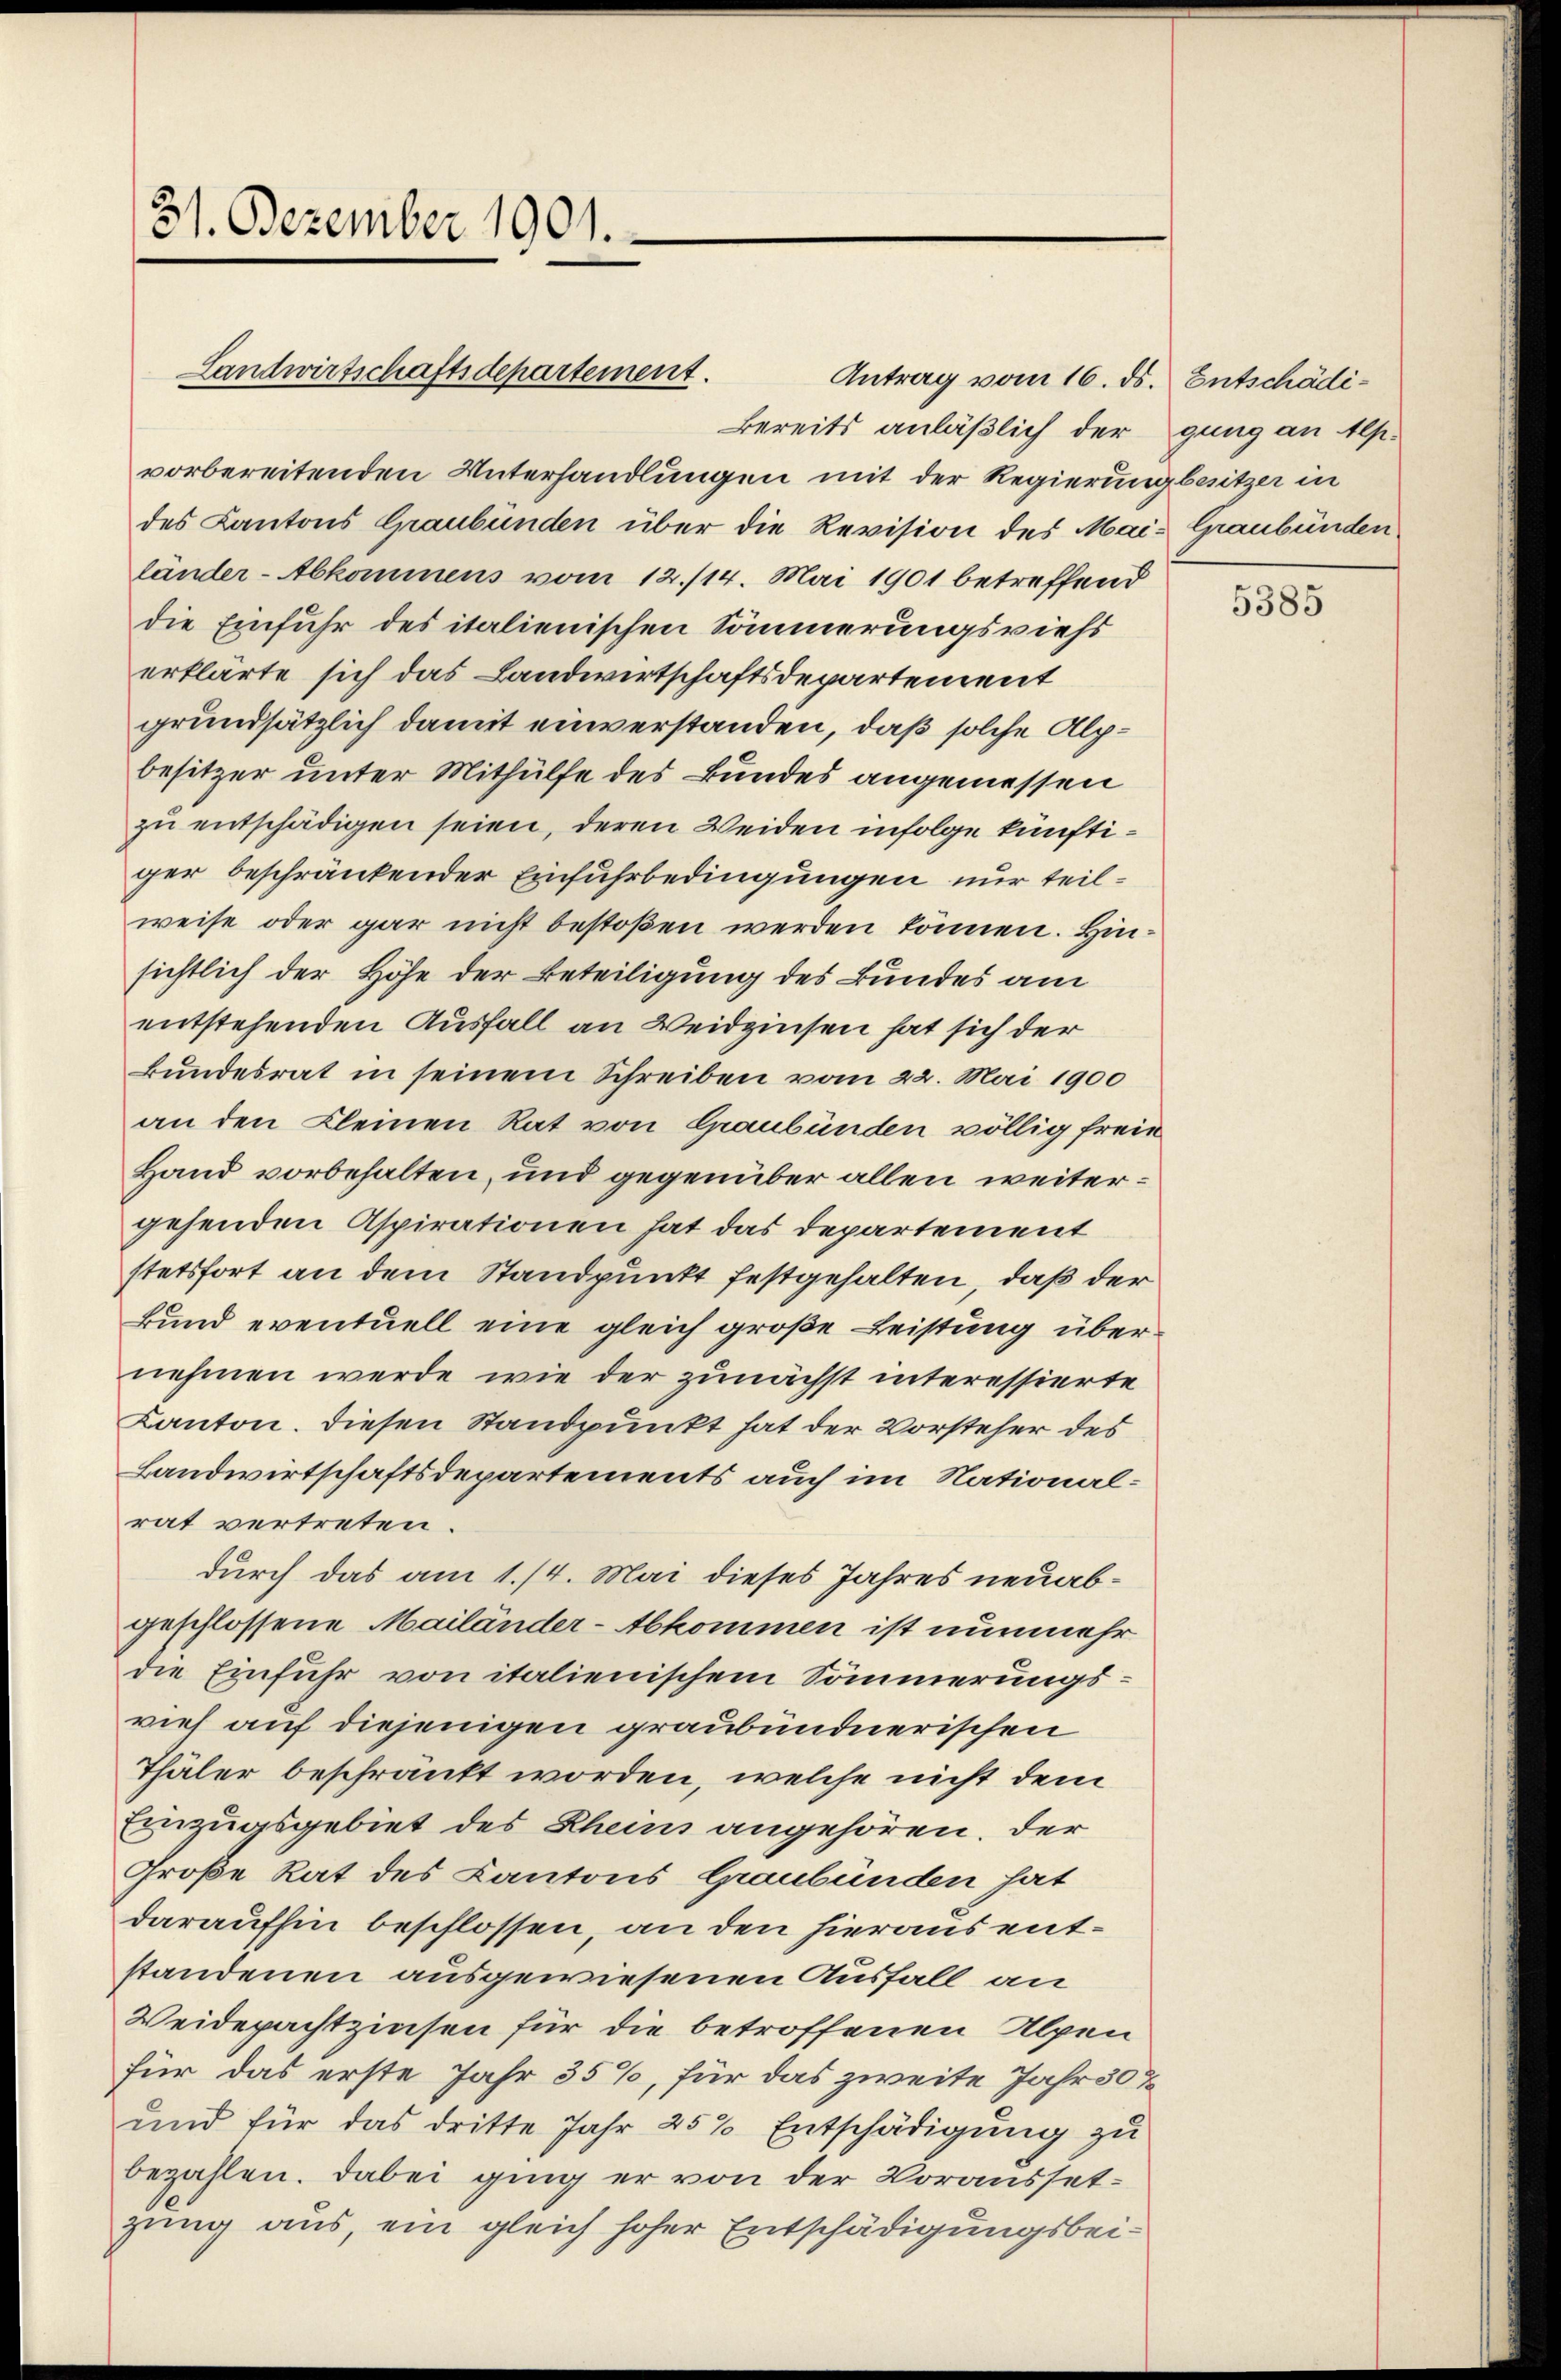
31. Dezember 1901.

Landwirtschaftsdepartement.

Antrag vom 16. ds. Entschädi¬
Bereits anläßlich der gung an Alp.
vorbereitenden Unterhandlungen mit der Regierung besitzer in
des Kantons Graubünden über die Revision des Mai- Graubünden
länder-Abkommens vom 12./14. Mai 1901 betreffend
die Einfuhr des italienischen Sommerungsviehs
erklärte sich das Landwirtschaftsdepartement
grundsätzlich damit einverstanden, daß solche Alpbesitzer unter Mithülfe des Bundes angemessen
zu entschädigen seien, deren Weiden infolge künftiger beschränkender Einfuhrbedingungen nur teilweise oder gar nicht bestoßen werden können. Hinsichtlich der Höhe der Beteiligung des Bundes am
entstehenden Ausfall an Weidzinsen hat sich der
Bundesrat in seinem Schreiben vom 22. Mai 1900
an den Kleinen Rat von Graubünden völlig freie
Hand vorbehalten, und gegenüber allen weitergehenden Aspirationen hat das Departement
stetsfort an dem Standpunkt festgehalten, daß der
Bund eventuell eine gleich große Leistung übernehmen werde, wie der zunächst interessierte
Kanton. Diesen Standpunkt hat der Vorsteher des
Landwirtschaftsdepartements auch im Nationalrat vertreten.
durch das am 1./4. Mai dieses Jahres neuabgeschlossene Mailänder-Abkommen ist nunmehr
die Einfuhr von italienischem Sommerungsvieh auf diejenigen graubündnerischen
Thäler beschränkt worden, welche nicht dem
Einzugsgebiet des Rheins angehören. Der
Große Rat des Kantons Graubünden hat
daraufhin beschlossen, an den hieraus entstandenen ausgewiesenen Ausfall an
Weidepachtzinsen für die betroffenen Alpen
für das erste Jahr 35%, für das zweite Jahr 30 T
und für das dritte Jahr 25% Entschädigung zu
bezahlen. Dabei ging er von der Voraussetzung aus, ein gleich hoher Entschädigungsbei¬

5385